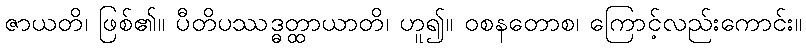
ဇာယတိ၊ ဖြစ်၏။ ပီတိပဿဒ္ဓတ္ထာယာတိ၊ ဟူ၍။ ဝစနတောစ၊ ကြောင့်လည်းကောင်း။